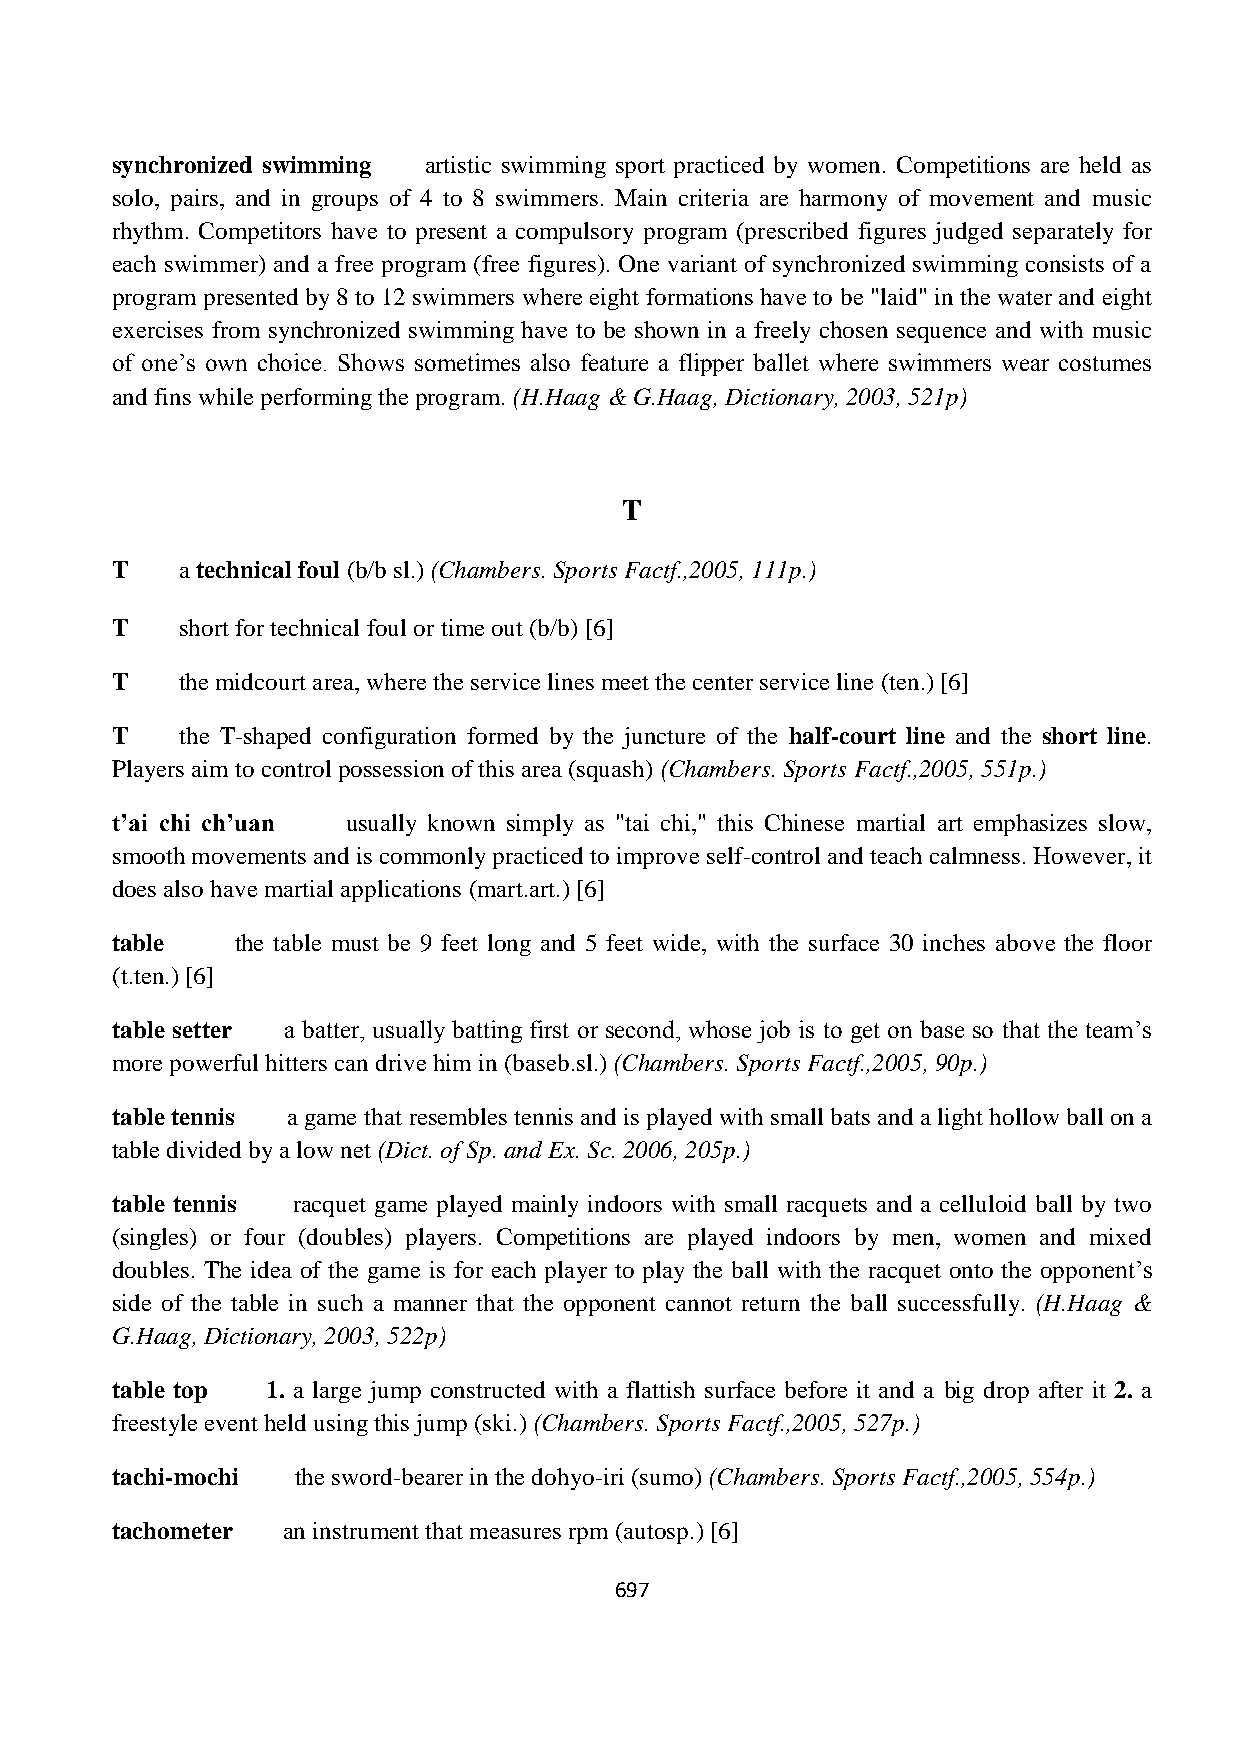
synchronized swimming artistic swimming sport practiced by women. Competitions are held as
 solo, pairs, and in groups of 4 to 8 swimmers. Main criteria are harmony of movement and music
 rhythm. Competitors have to present a compulsory program (prescribed figures judged separately for
 each swimmer) and a free program (free figures). One variant of synchronized swimming consists of a
 program presented by 8 to 12 swimmers where eight formations have to be "laid" in the water and eight
 exercises from synchronized swimming have to be shown in a freely chosen sequence and with music
 of one‟s own choice. Shows sometimes also feature a flipper ballet where swimmers wear costumes
 and fins while performing the program. (H.Haag & G.Haag, Dictionary, 2003, 521p)
 T
 T    a technical foul (b/b sl.) (Chambers. Sports Factf.,2005, 111p.)
 T    short for technical foul or time out (b/b) [6]
 T    the midcourt area, where the service lines meet the center service line (ten.) [6]
 T    the T-shaped configuration formed by the juncture of the half-court line and the short line.
 Players aim to control possession of this area (squash) (Chambers. Sports Factf.,2005, 551p.)
 t’ai chi ch’uan usually known simply as "tai chi," this Chinese martial art emphasizes slow,
 smooth movements and is commonly practiced to improve self-control and teach calmness. However, it
 does also have martial applications (mart.art.) [6]
 table    the table must be 9 feet long and 5 feet wide, with the surface 30 inches above the floor
 (t.ten.) [6]
 table setter a batter, usually batting first or second, whose job is to get on base so that the team‟s
 more powerful hitters can drive him in (baseb.sl.) (Chambers. Sports Factf.,2005, 90p.)
 table tennis a game that resembles tennis and is played with small bats and a light hollow ball on a
 table divided by a low net (Dict. of Sp. and Ex. Sc. 2006, 205p.)
 table tennis racquet game played mainly indoors with small racquets and a celluloid ball by two
 (singles) or four (doubles) players. Competitions are played indoors by men, women and mixed
 doubles. The idea of the game is for each player to play the ball with the racquet onto the opponent‟s
 side of the table in such a manner that the opponent cannot return the ball successfully. (H.Haag &
 G.Haag, Dictionary, 2003, 522p)
 table top  1. a large jump constructed with a flattish surface before it and a big drop after it 2. a
 freestyle event held using this jump (ski.) (Chambers. Sports Factf.,2005, 527p.)
 tachi-mochi  the sword-bearer in the dohyo-iri (sumo) (Chambers. Sports Factf.,2005, 554p.)
 tachometer  an instrument that measures rpm (autosp.) [6]
 697